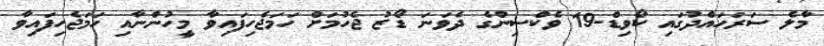
މާލެ ސަރަހައްދުގައި ކޯވިޑް-19 ވެކްސިންގެ ދެވަނަ ޑޯޒު ޖެހުމަށް ހަމަޖެހިފައިވާ މީހުންނާއި ހަމަޖެހިފައިވާ